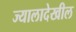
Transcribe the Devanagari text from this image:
ज्यालादेखील